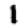
Digit: 1